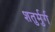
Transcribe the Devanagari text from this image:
शतुर्मुर्ग